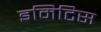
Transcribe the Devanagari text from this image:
इमिटिस